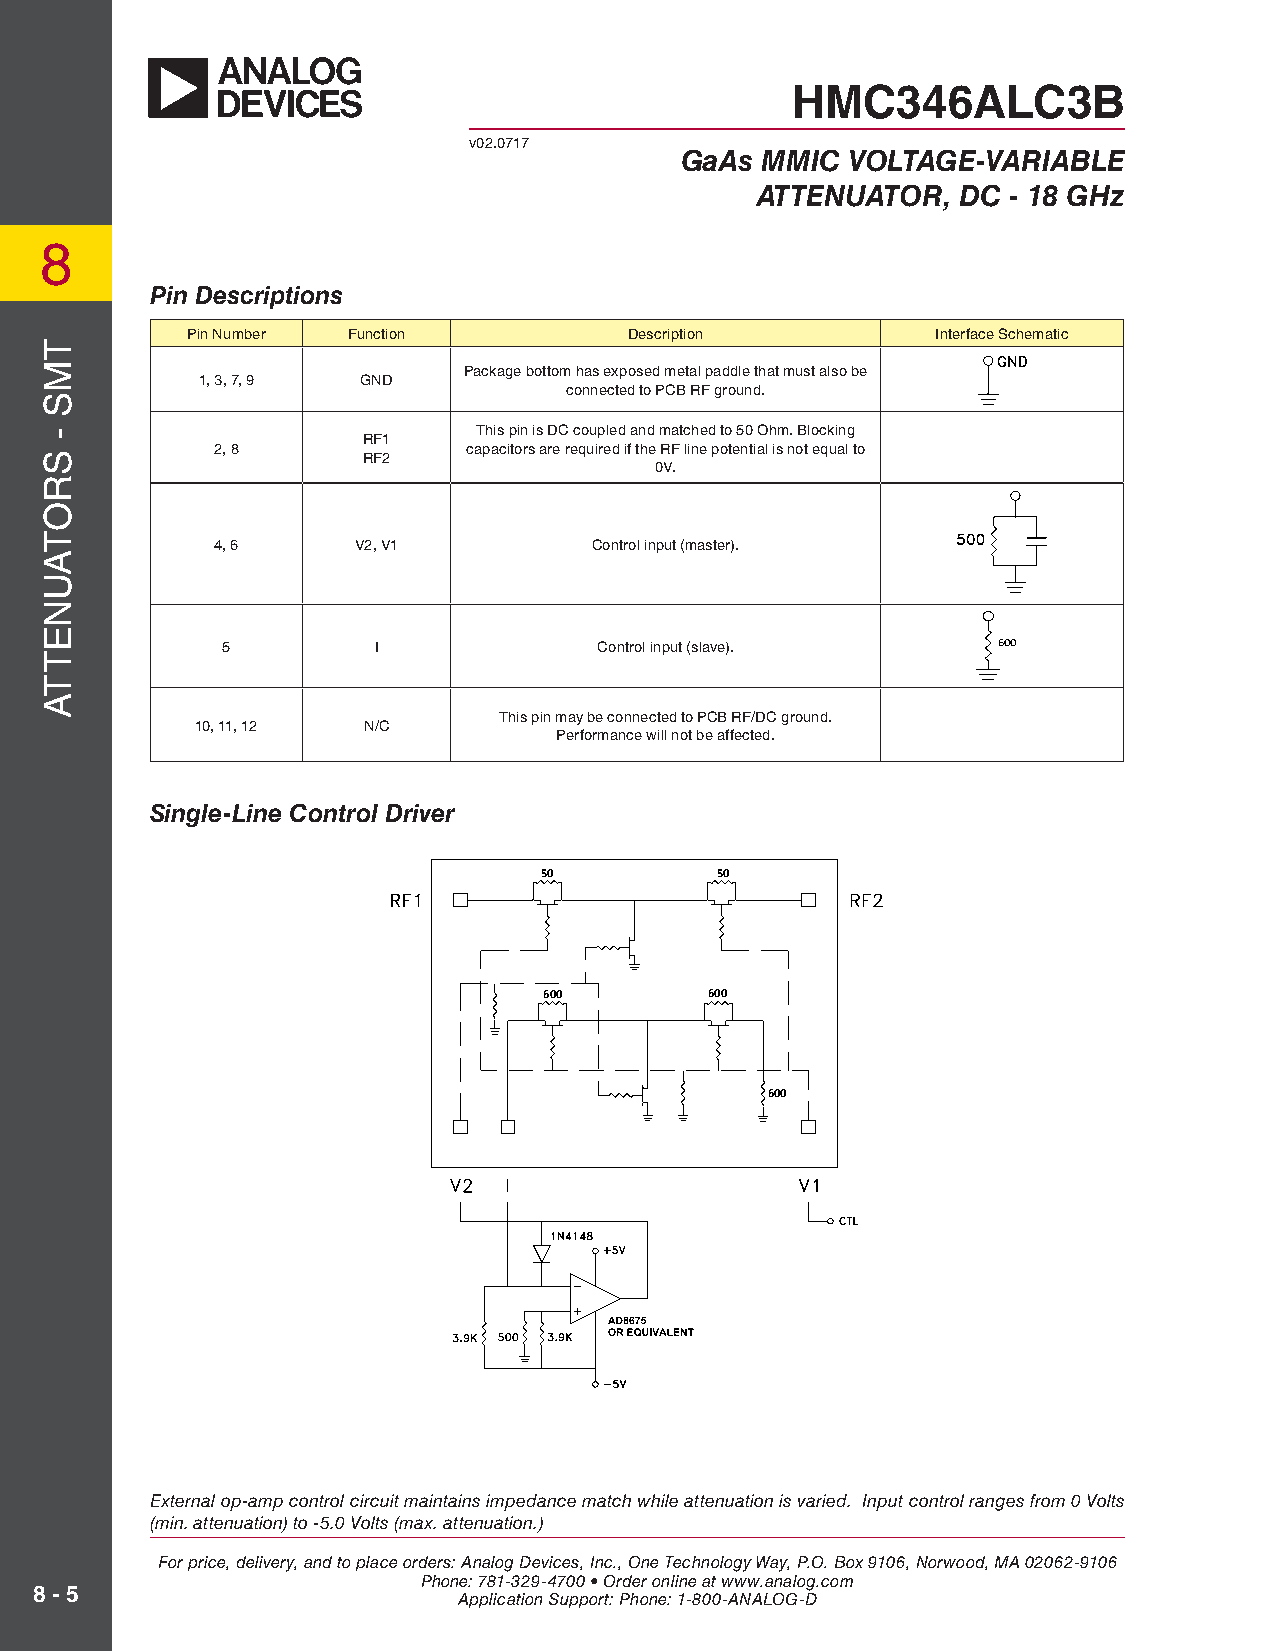
HMC346ALC3B
 v02.0717
 GaAs MMIC  VOLTAGE-VARIABLE
 ATTENUATOR,   DC - 18 GHz
 8
 Pin Descriptions
 Pin Number Function           Description         Interface Schematic
 Package bottom has exposed metal paddle that must also be
 1, 3, 7, 9 GND
 connected to PCB RF ground.
 This pin is DC coupled and matched to 50 Ohm. Blocking RF1
 2, 8             capacitors are required if the RF line potential is not equal to
 RF2
 0V.
 4, 6     V2, V1          Control input (master).
 5         I              Control input (slave).    600
 This pin may be connected to PCB RF/DC ground.
 10, 11, 12 N/C
 Performance will not be affected.
 Single-Line Control Driver
 50         50
 600        600
 600
 External op-amp control circuit maintains impedance match while attenuation is varied. Input control ranges from 0 Volts
 (min. attenuation) to -5.0 Volts (max. attenuation.)
 For price, delivery, and to place orders: Analog Devices, Inc., One Technology Way, P.O. Box 9106, Norwood, MA 02062-9106
 Phone: 781-329-4700 • Order online at www.analog.com
 8 - 5
 Application Support: Phone: 1-800-ANALOG-D
 TMS
 -
 SROTAUNETTA